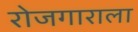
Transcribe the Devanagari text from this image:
रोजगाराला